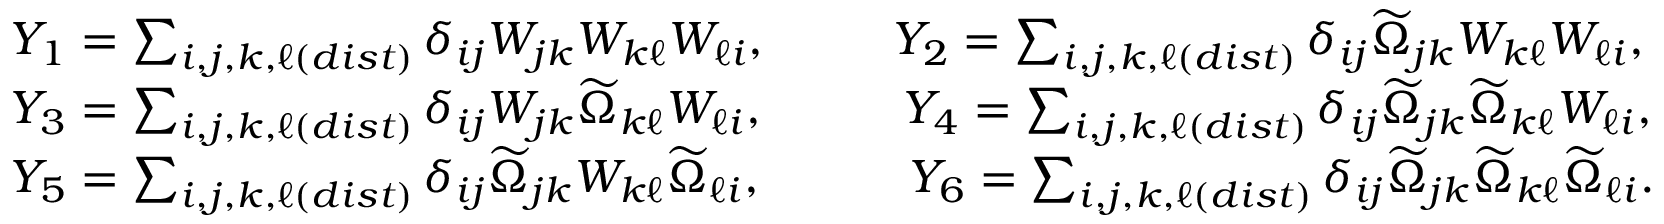
\begin{array} { r l } & { Y _ { 1 } = \sum _ { i , j , k , \ell ( d i s t ) } \delta _ { i j } W _ { j k } W _ { k \ell } W _ { \ell i } , \qquad \; \; Y _ { 2 } = \sum _ { i , j , k , \ell ( d i s t ) } \delta _ { i j } \widetilde { \Omega } _ { j k } W _ { k \ell } W _ { \ell i } , } \\ & { Y _ { 3 } = \sum _ { i , j , k , \ell ( d i s t ) } \delta _ { i j } W _ { j k } \widetilde { \Omega } _ { k \ell } W _ { \ell i } , \qquad \; \; \; Y _ { 4 } = \sum _ { i , j , k , \ell ( d i s t ) } \delta _ { i j } \widetilde { \Omega } _ { j k } \widetilde { \Omega } _ { k \ell } W _ { \ell i } , } \\ & { Y _ { 5 } = \sum _ { i , j , k , \ell ( d i s t ) } \delta _ { i j } \widetilde { \Omega } _ { j k } W _ { k \ell } \widetilde { \Omega } _ { \ell i } , \qquad \quad Y _ { 6 } = \sum _ { i , j , k , \ell ( d i s t ) } \delta _ { i j } \widetilde { \Omega } _ { j k } \widetilde { \Omega } _ { k \ell } \widetilde { \Omega } _ { \ell i } . } \end{array}